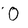
Character: O